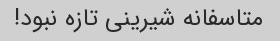
متاسفانه شیرینی تازه نبود!